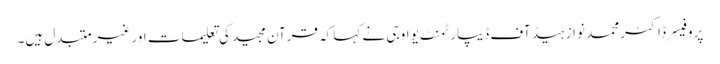
پروفیسر ڈاکٹر محمد نواز ہیڈ آف ڈیپارٹمنٹ یو او جی نے کہا کہ قرآن مجید کی تعلیمات اور غیر متبدل ہیں۔